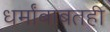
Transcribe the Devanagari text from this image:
धर्मांबाबतही